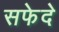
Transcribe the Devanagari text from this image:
सफेदे